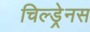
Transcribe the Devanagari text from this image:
चिल्ड्रेनस